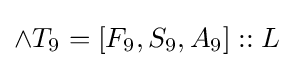
\land T_{9}=[F_{9},S_{9},A_{9}]::L